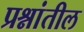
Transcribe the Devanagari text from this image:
प्रश्नांतील